Indian journal of veterinary science and animal husbandry - Volumes 24-25, 1954-1955
Year: 1954
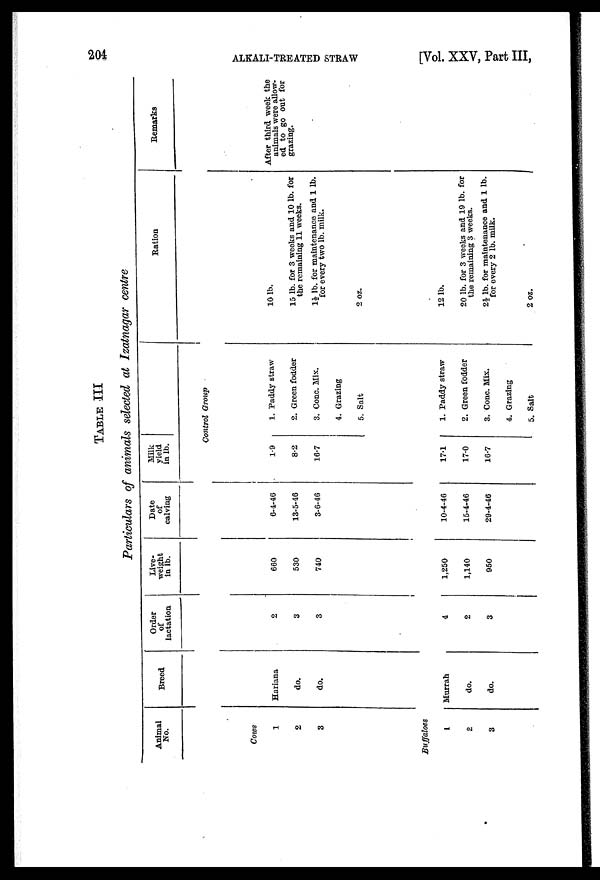
204
ALKALI-TREATED STRAW
[Vol. XXV, Part III,
TABLE III
Particulars of animals selected at Izatnagar centre
Animal
No.
Breed
Order
of
lactation
Live-
weight
in lb.
Date
of
calving
Milk
yield
in lb.
Ration
Remarks
Control Group
Cows
1
2
3
Hariana
do.
do.
2
3
3
660
530
740
6-4-46
13-5-46
3-6-46
1.9
8.2
16.7
1. Paddy straw
2. Green fodder
3. Conc. Mix.
4. Grazing
5. Salt
10 lb.
15 lb. for 3 weeks and 10 lb. for
the remaining 11 weeks.
1½ lb. for maintenance and 1 lb.
for every two lb. milk.
2 oz.
After third week the
animals were allow-
ed to go out for
grazing.
Buffaloes
1
2
3
Murrah
do.
do.
4
2
3
1,250
1,140
950
10-4-46
15-4-46
29-4-46
17.1
17.0
16.7
1. Paddy straw
2. Green fodder
3. Conc. Mix.
4. Grazing
5. Salt
12 lb.
20 lb. for 3 weeks and 19 lb. for
the remaining 3 weeks.
2½ lb. for maintenance and 1 lb.
for every 2 lb. milk.
2 oz.